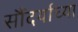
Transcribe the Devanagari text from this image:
सौंदर्याच्या